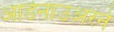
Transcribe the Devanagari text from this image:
आडेनाउअरने